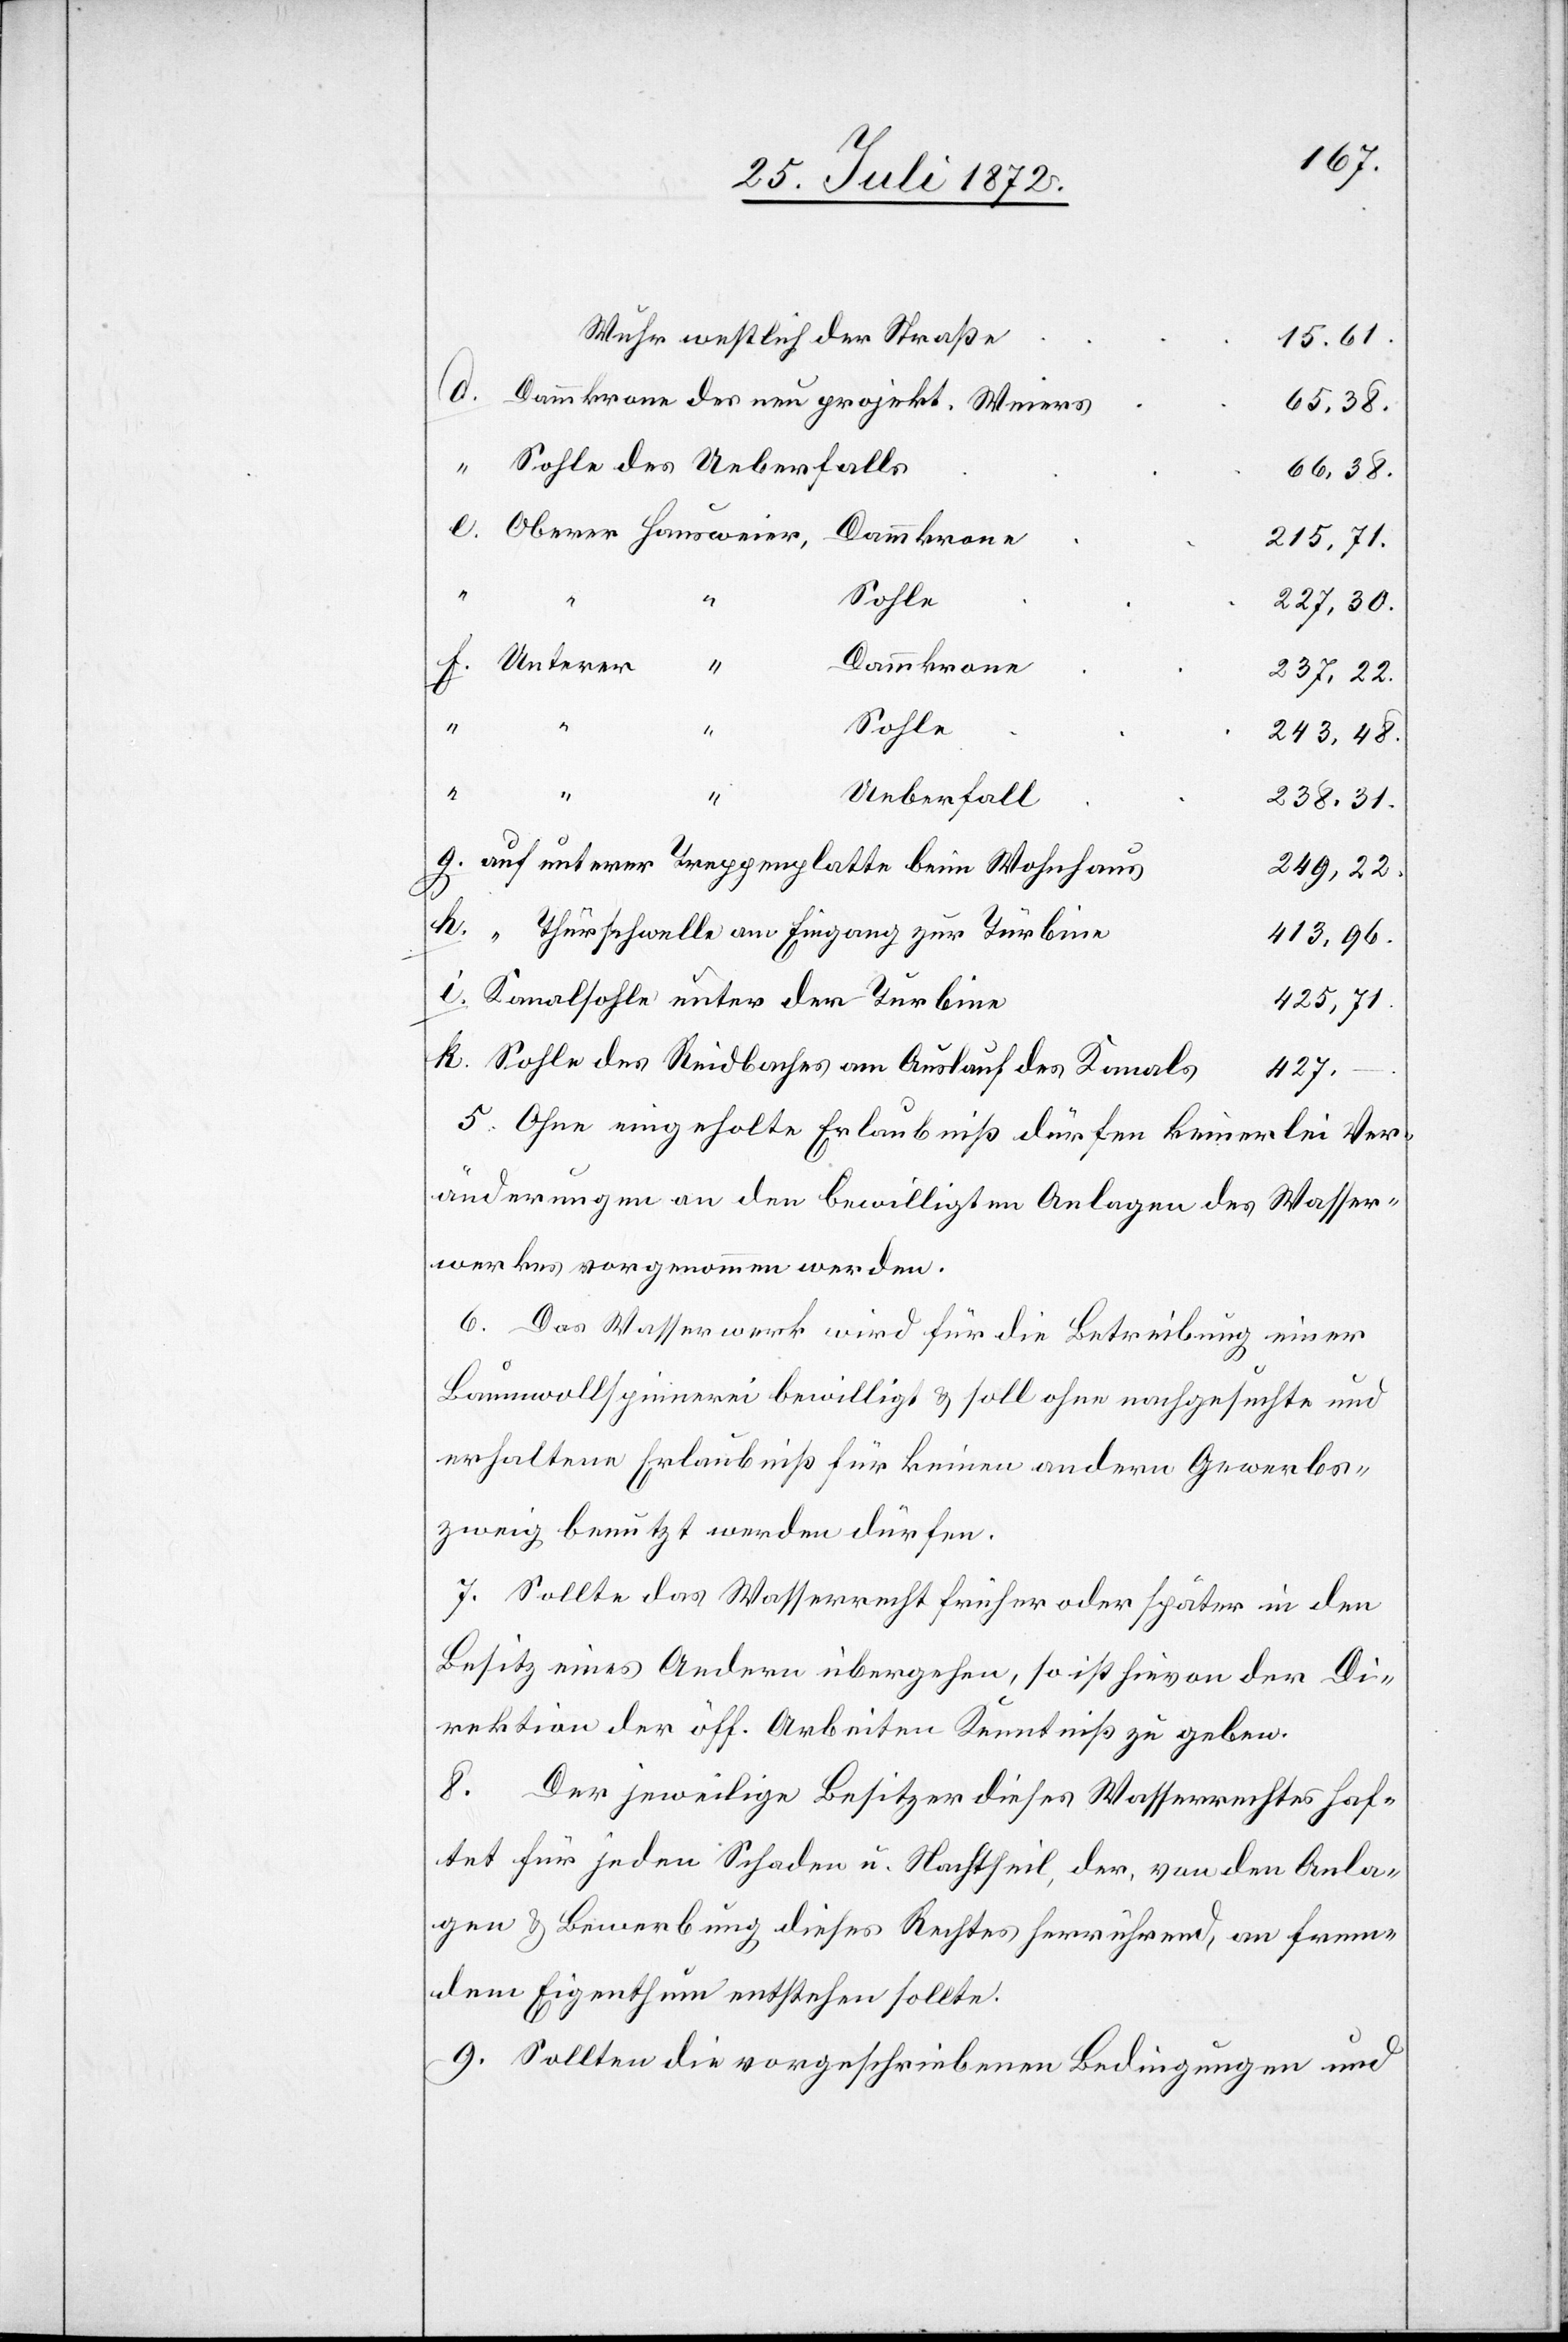
Wuhr westlich der Straße
15.61.
Dammkrone des neu projekt. Weiers
65.38.
Sohle des Ueberfalls
66.38.
Dammkrone
215.71.
Sohle
e.
227.30.
Dammkrone
237.22.
243.48.
“
“
Ueberfall
238.31.
auf unterer Treppenplatte beim Wohnhaus
249,22.
i.
“ Thürschwelle am Eingang zur Türbine
413,96.
Kanalsohle unter der Turbine
425,71.
Sohle des Reidbaches am Auslauf des Kanals
427.
5. Ohne eingeholte Erlaubniß dürfen keinerlei Ver¬
änderungen an den bewilligten Anlagen des Wasser¬
werkes vorgenommen werden.
6. Das Wasserwerk wird für die Betreibung einer
Baumwollspinnerei bewilligt u. soll ohne nachgesuchte und
erhaltene Erlaubniß für keinen andern Gewerbs¬
zweig benutzt werden dürfen.
7. Sollte das Wasserrecht früher oder später in den
Besitz eines Andern übergehen, so ist hievon der Di¬
rektion der öff. Arbeiten Kenntniß zu geben.
8. Der jeweilige Besitzer dieses Wasserrechtes haf¬
tet für jeden Schaden u. Nachtheil, der, von den Anla¬
gen u. Bewerbung dieses Rechtes herrührend, an frem¬
den Eigenthum entstehen sollte.
9. Sollten die vorgeschriebenen Bedingungen und